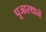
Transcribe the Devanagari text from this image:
पूजास्थानें